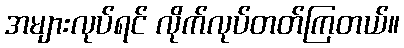
အများလုပ်ရင် လိုက်လုပ်တတ်ကြတယ်။